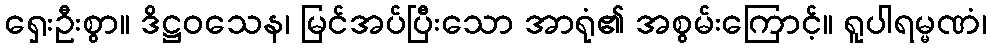
ရှေးဦးစွာ။ ဒိဋ္ဌဝသေန၊ မြင်အပ်ပြီးသော အာရုံ၏ အစွမ်းကြောင့်။ ရူပါရမ္မဏံ၊